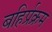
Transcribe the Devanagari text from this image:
बहिर्प्रक्रम